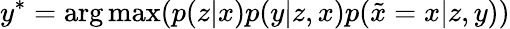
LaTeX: y^{*}=\arg\operatorname*{max}(p(z\vert x)p(y\vert z,x)p(\tilde{x}=x\vert z,y))